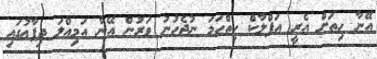
އޭނާ ހިތަށް އެރީ އަފްލާކް ހިތްހަމަ ނުޖެހުނު ވަރުން އޭނާ އަމިއްލަ ދިފާޢުގައި